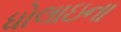
ધોલાઇના